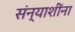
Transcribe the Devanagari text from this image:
संन्याशींना